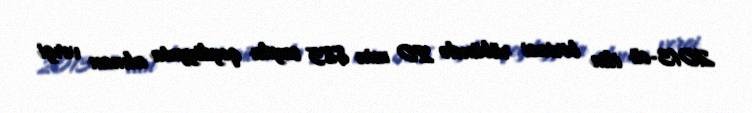
2013-cü ilin birinci rübündə 20 min 885 sayda qeydiyyata alınan vergi